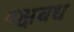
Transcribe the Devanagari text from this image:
पक्षबध